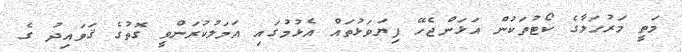
މަތީ މަރުހަލާގެ ކޯޓުތަކުން އަޅަންޖެހޭ ފިޔަވަޅުތައް އެޅުމުގައި އަމަލުކުރަންވީ ގޮތުގެ ޤަވައިދު ގެ